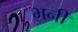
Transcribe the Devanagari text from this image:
भनी